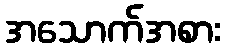
အသောက်အစား